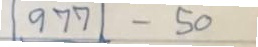
977 - 50